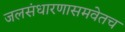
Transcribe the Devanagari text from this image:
जलसंधारणासमवेतच